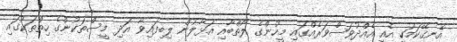
އެނގޭކަމަކީ އެއީ އެއްދުވަސްވަރެއްގައި މީހުންގެ ލޯތްބާއި އަޅާލުން ލިބިފައިވާ އަދި މީސްތަކުންގެ ހިތްތަކުގައި